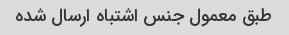
طبق معمول جنس اشتباه ارسال شده